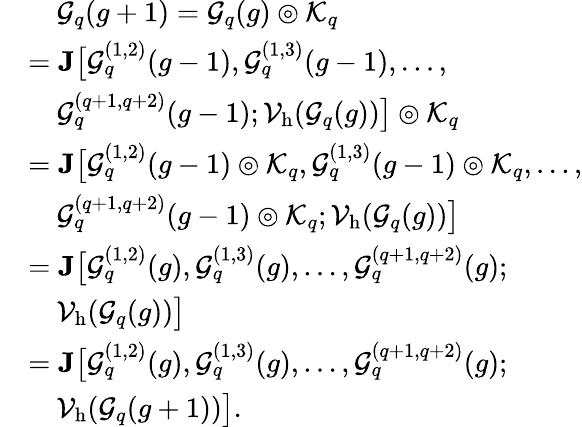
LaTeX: \begin{array}{rl}&{\quad\mathcal{G}_{q}(g+1)=\mathcal{G}_{q}(g)\circledcirc\mathcal{K}_{q}}\\ &{=\textbf{J}\big[\mathcal{G}_{q}^{(1,2)}(g-1),\mathcal{G}_{q}^{(1,3)}(g-1),\ldots,}\\ &{\quad\mathcal{G}_{q}^{(q+1,q+2)}(g-1);\mathcal{V}_{\mathrm{h}}(\mathcal{G}_{q}(g))\big]\circledcirc\mathcal{K}_{q}}\\ &{=\textbf{J}\big[\mathcal{G}_{q}^{(1,2)}(g-1)\circledcirc\mathcal{K}_{q},\mathcal{G}_{q}^{(1,3)}(g-1)\circledcirc\mathcal{K}_{q},\ldots,}\\ &{\quad\mathcal{G}_{q}^{(q+1,q+2)}(g-1)\circledcirc\mathcal{K}_{q};\mathcal{V}_{\mathrm{h}}(\mathcal{G}_{q}(g))\big]}\\ &{=\textbf{J}\big[\mathcal{G}_{q}^{(1,2)}(g),\mathcal{G}_{q}^{(1,3)}(g),\ldots,\mathcal{G}_{q}^{(q+1,q+2)}(g);}\\ &{\quad\mathcal{V}_{\mathrm{h}}(\mathcal{G}_{q}(g))\big]}\\ &{=\textbf{J}\big[\mathcal{G}_{q}^{(1,2)}(g),\mathcal{G}_{q}^{(1,3)}(g),\ldots,\mathcal{G}_{q}^{(q+1,q+2)}(g);}\\ &{\quad\mathcal{V}_{\mathrm{h}}(\mathcal{G}_{q}(g+1))\big].}\end{array}